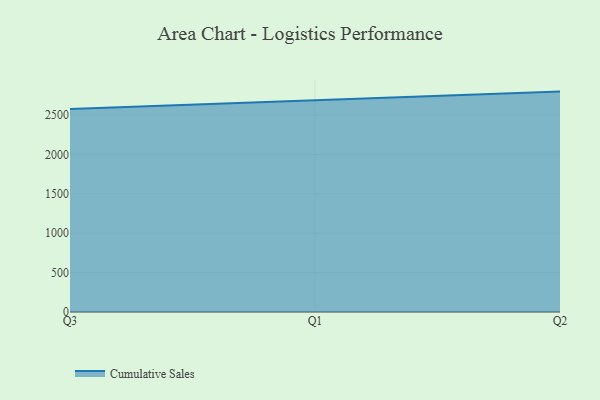
{"axis": {"x": "Quarter", "y": "Latency (ms)"}, "legend": ["Cumulative Sales"], "data": [{"x": "Q3", "y": 2578.4, "type": "Cumulative Sales"}, {"x": "Q1", "y": 2689.9, "type": "Cumulative Sales"}, {"x": "Q2", "y": 2797.7, "type": "Cumulative Sales"}]}